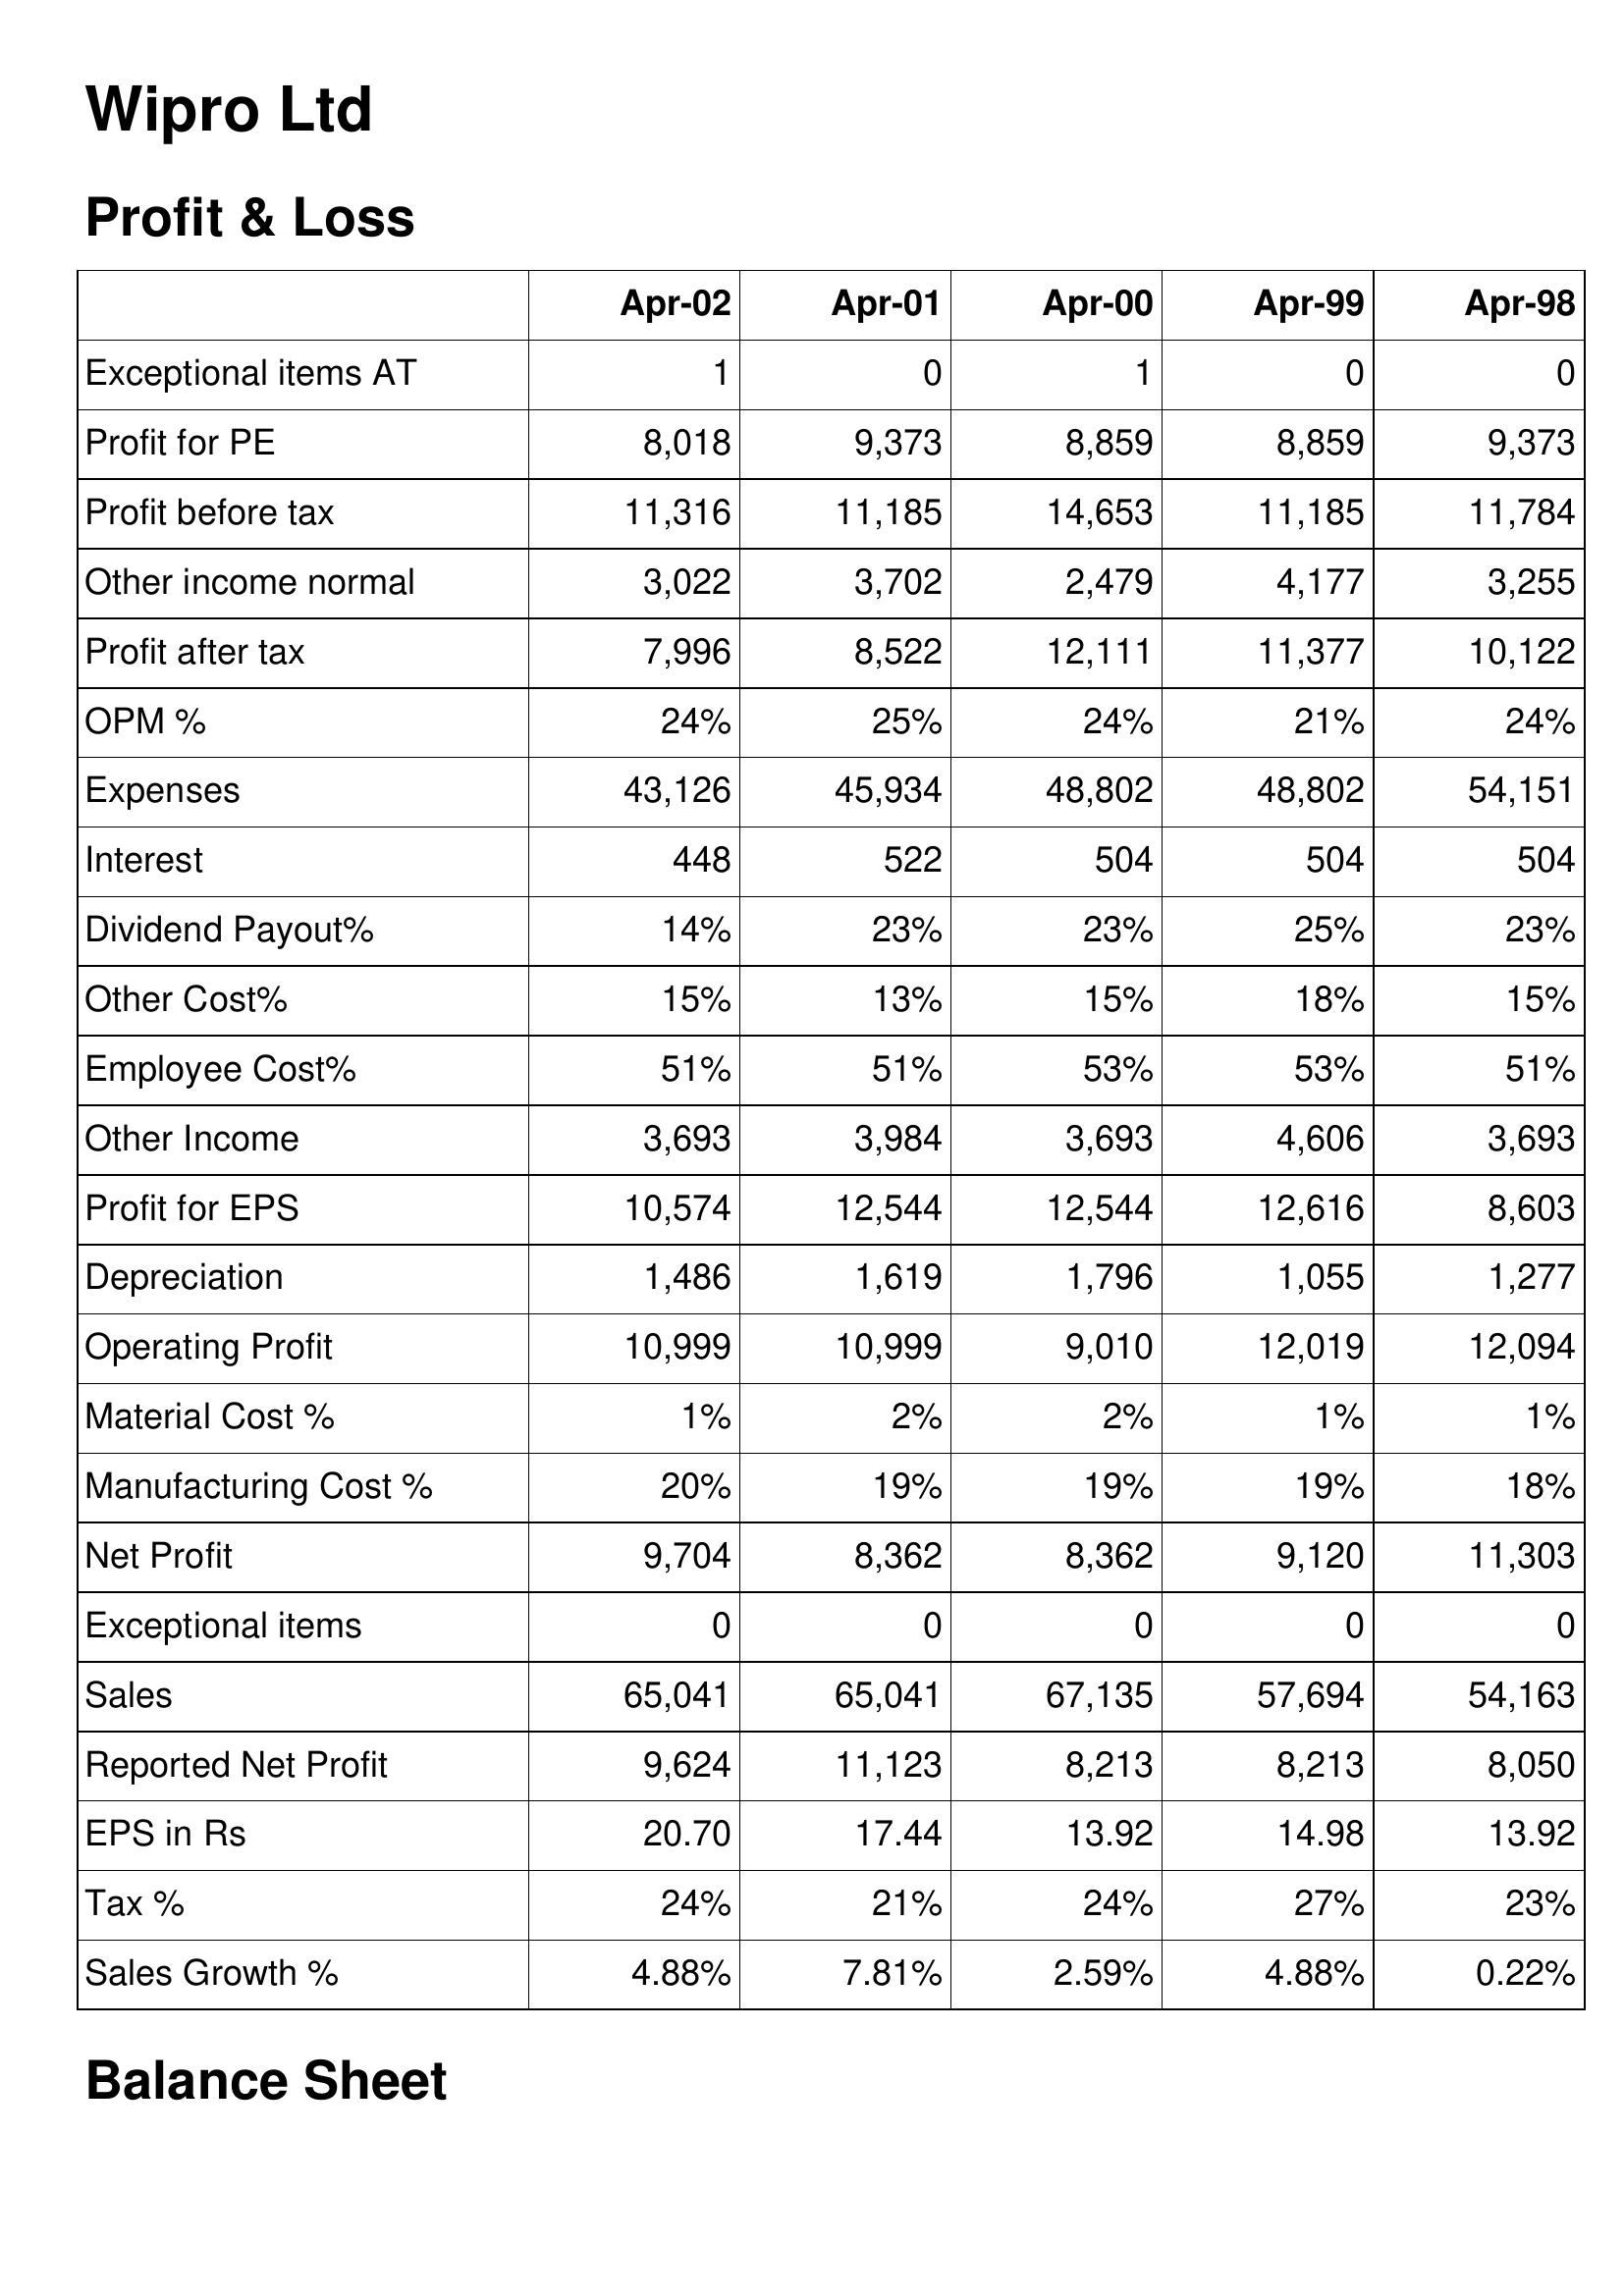
Apr-02: Profit & Loss: Exceptional items AT: 1
Profit for PE: 8,018
Profit before tax: 11,316
Other income normal: 3,022
Profit after tax: 7,996
OPM %: 24%
Expenses: 43,126
Interest: 448
Dividend Payout%: 14%
Other Cost%: 15%
Employee Cost%: 51%
Other Income: 3,693
Profit for EPS: 10,574
Depreciation: 1,486
Operating Profit: 10,999
Material Cost %: 1%
Manufacturing Cost %: 20%
Net Profit: 9,704
Exceptional items: 0
Sales: 65,041
Reported Net Profit: 9,624
EPS in Rs: 20.70
Tax %: 24%
Sales Growth %: 4.88%
Apr-01: Profit & Loss: Exceptional items AT: 0
Profit for PE: 9,373
Profit before tax: 11,185
Other income normal: 3,702
Profit after tax: 8,522
OPM %: 25%
Expenses: 45,934
Interest: 522
Dividend Payout%: 23%
Other Cost%: 13%
Employee Cost%: 51%
Other Income: 3,984
Profit for EPS: 12,544
Depreciation: 1,619
Operating Profit: 10,999
Material Cost %: 2%
Manufacturing Cost %: 19%
Net Profit: 8,362
Exceptional items: 0
Sales: 65,041
Reported Net Profit: 11,123
EPS in Rs: 17.44
Tax %: 21%
Sales Growth %: 7.81%
Apr-00: Profit & Loss: Exceptional items AT: 1
Profit for PE: 8,859
Profit before tax: 14,653
Other income normal: 2,479
Profit after tax: 12,111
OPM %: 24%
Expenses: 48,802
Interest: 504
Dividend Payout%: 23%
Other Cost%: 15%
Employee Cost%: 53%
Other Income: 3,693
Profit for EPS: 12,544
Depreciation: 1,796
Operating Profit: 9,010
Material Cost %: 2%
Manufacturing Cost %: 19%
Net Profit: 8,362
Exceptional items: 0
Sales: 67,135
Reported Net Profit: 8,213
EPS in Rs: 13.92
Tax %: 24%
Sales Growth %: 2.59%
Apr-99: Profit & Loss: Exceptional items AT: 0
Profit for PE: 8,859
Profit before tax: 11,185
Other income normal: 4,177
Profit after tax: 11,377
OPM %: 21%
Expenses: 48,802
Interest: 504
Dividend Payout%: 25%
Other Cost%: 18%
Employee Cost%: 53%
Other Income: 4,606
Profit for EPS: 12,616
Depreciation: 1,055
Operating Profit: 12,019
Material Cost %: 1%
Manufacturing Cost %: 19%
Net Profit: 9,120
Exceptional items: 0
Sales: 57,694
Reported Net Profit: 8,213
EPS in Rs: 14.98
Tax %: 27%
Sales Growth %: 4.88%
Apr-98: Profit & Loss: Exceptional items AT: 0
Profit for PE: 9,373
Profit before tax: 11,784
Other income normal: 3,255
Profit after tax: 10,122
OPM %: 24%
Expenses: 54,151
Interest: 504
Dividend Payout%: 23%
Other Cost%: 15%
Employee Cost%: 51%
Other Income: 3,693
Profit for EPS: 8,603
Depreciation: 1,277
Operating Profit: 12,094
Material Cost %: 1%
Manufacturing Cost %: 18%
Net Profit: 11,303
Exceptional items: 0
Sales: 54,163
Reported Net Profit: 8,050
EPS in Rs: 13.92
Tax %: 23%
Sales Growth %: 0.22%